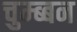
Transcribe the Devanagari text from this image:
चुम्ब्बन